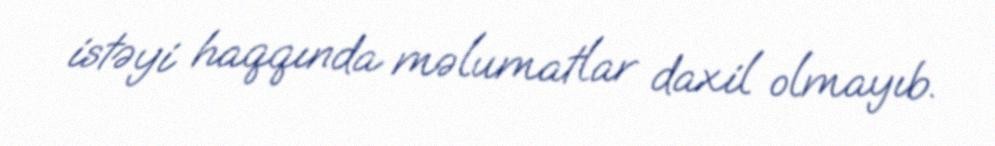
istəyi haqqında məlumatlar daxil olmayıb.